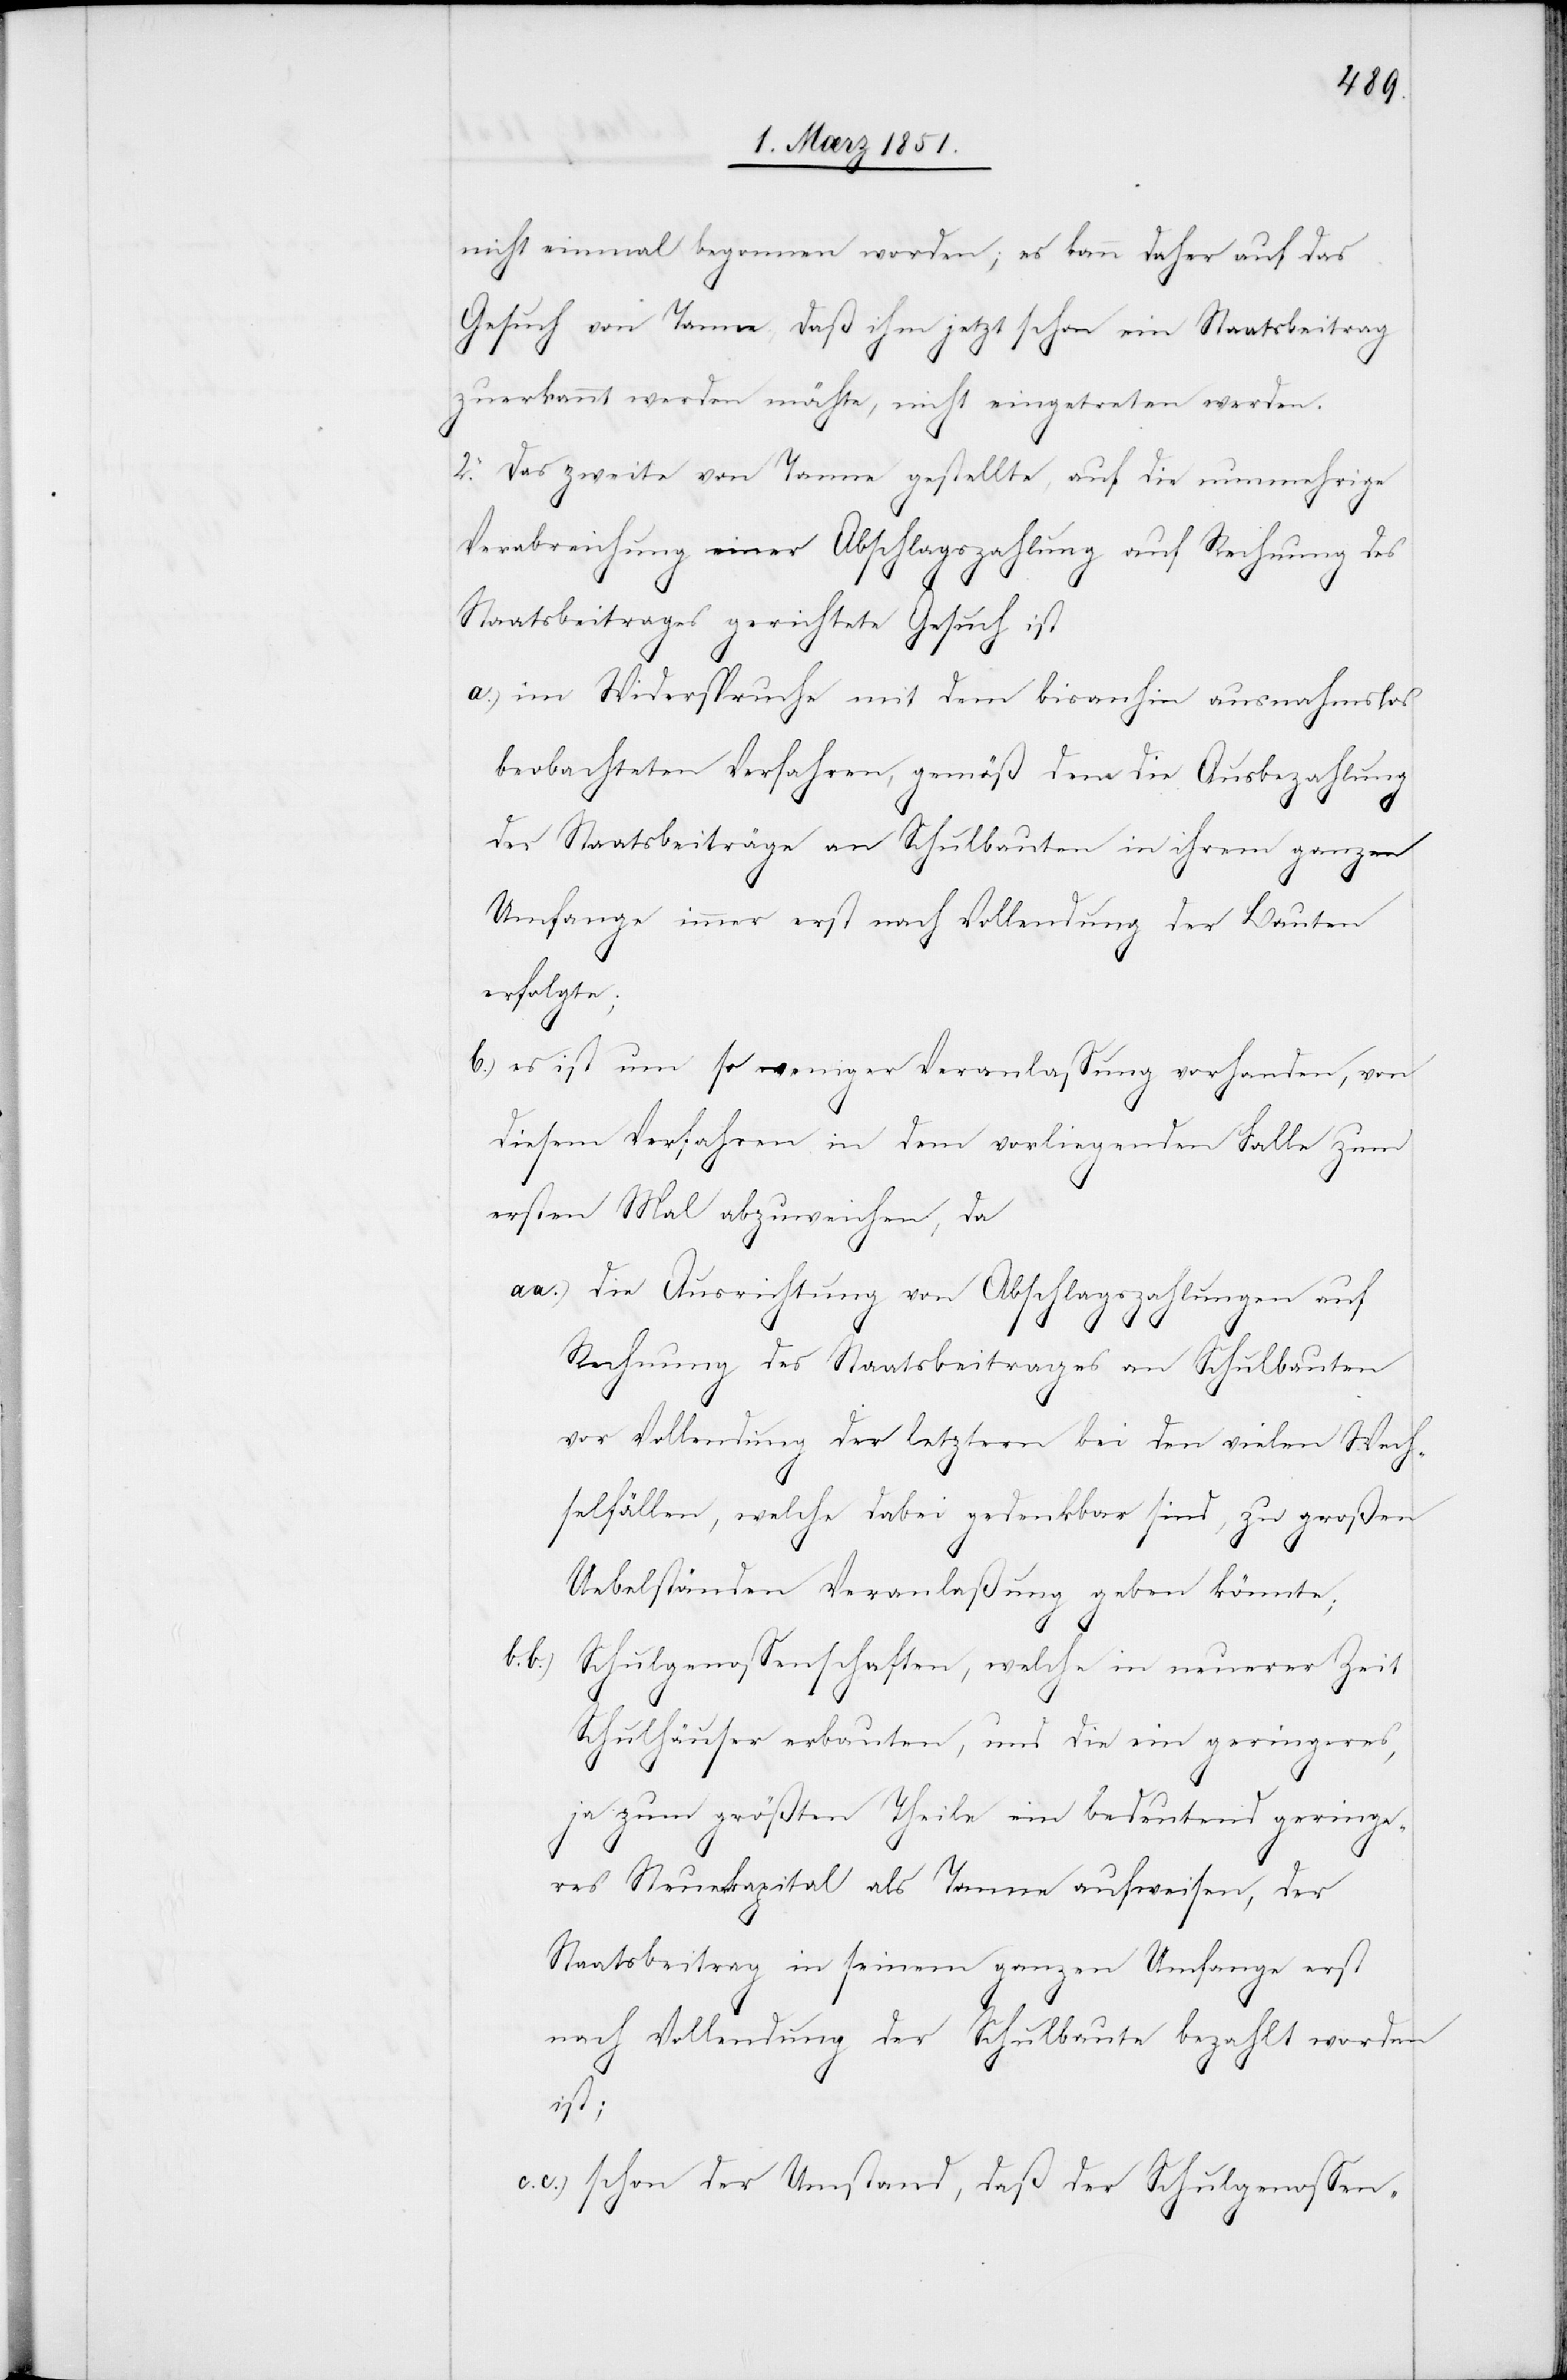
nicht einmal begonnen worden; es kann daher auf das
Gesuch von Tanne, daß ihm jetzt schon ein Staatsbeitrag
b.)
zuerkannt werden möchte, nicht eingetreten werden.
2. Das zweite von Tanne gestellte, auf die nunmehrige
Verabreichung einer Abschlagszahlung auf Rechnung des
Staatsbeitrages gerichtete Gesuch ist
im Widerspruche mit dem bisanhin ausnahmslos
beobachteten Verfahren, gemäß dem die Ausbezahlung
der Staatsbeiträge an Schulbauten in ihrem ganzen
Umfange immer erst nach Vollendung der Bauten
erfolgte;
es ist um so weniger Veranlassung vorhanden, von
diesem Verfahren in dem vorliegenden Falle zum
ersten Mal abzuweichen, da
die Ausrichtung von Abschlagszahlungen auf
Rechnung des Staatsbeitrages an Schulbauten
vor Vollendung der letztern bei den vielen Wech¬
selfällen, welche dabei gedenkbar sind, zu großen
Uebelständen Veranlaßung geben könnte;
b.b.)
Schulgenossenschaften, welche in neuerer Zeit
Schulhäuser erbauten, und die ein geringeres,
ja zum größten Theile ein bedeutend geringe¬
res Steuerkapital als Tanne aufweisen, der
Staatsbeitrag in seinem ganzen Umfange erst
nach Vollendung der Schulbaute bezahlt worden
ist;
schon der Umstand, daß der Schulgenossen-